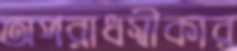
অপরাধস্বীকার